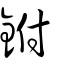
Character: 鉜